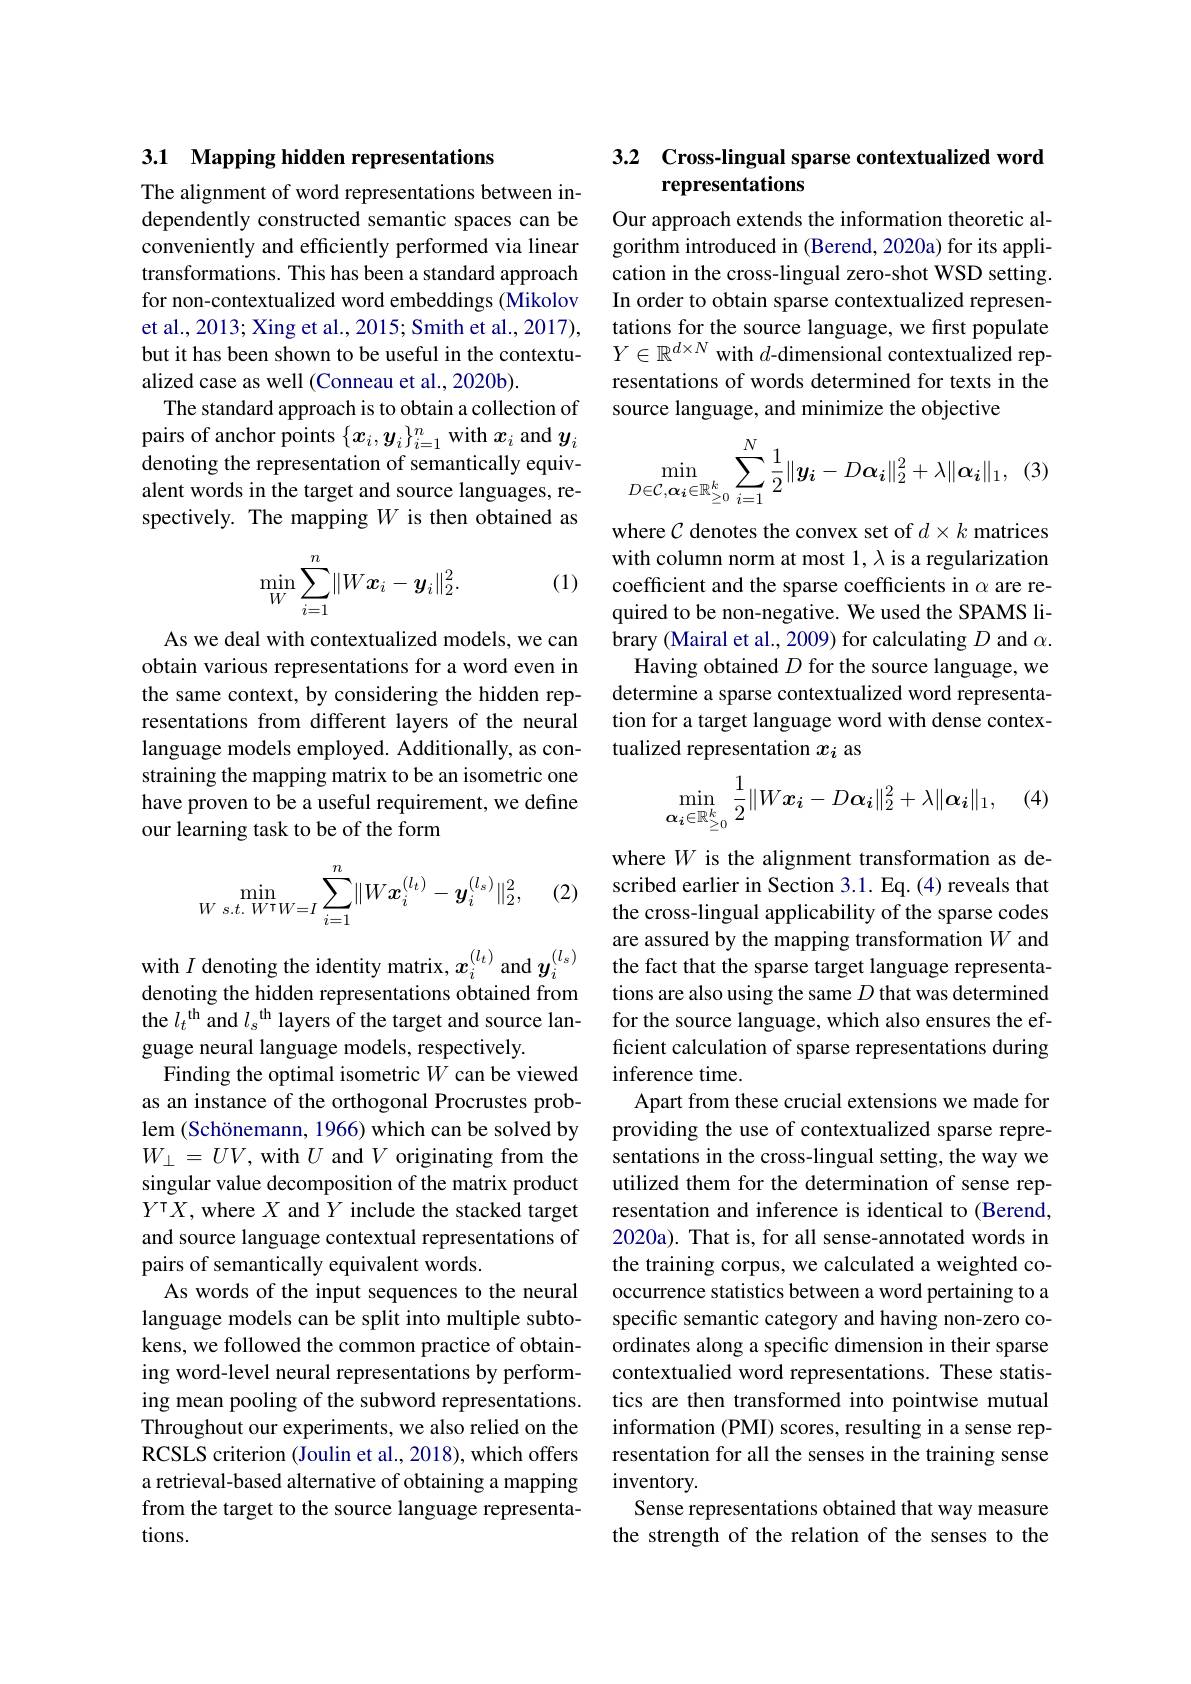
3.1 Mapping hidden representations

The alignment of word representations between independently constructed semantic spaces can be conveniently and efficiently performed via linear transformations. This has been a standard approach for non-contextualized word embeddings (Mikolov et al., 2013; Xing et al., 2015; Smith et al., 2017), but it has been shown to be useful in the contextualized case as well (Conneau et al., 2020b).
The standard approach is to obtain a collection of pairs of anchor points $\{x_i,y_i\}_{i=1}^n$ with $x_i$ and $y_i$ denoting the representation of semantically equivalent words in the target and source languages, respectively. The mapping $W$ is then obtained as

(1)
$$\min_W\sum_{i=1}^n\lVert W\boldsymbol{x}_i-\boldsymbol{y}_i\rVert_2^2.$$
As we deal with contextualized models, we can obtain various representations for a word even in the same context, by considering the hidden representations from different layers of the neural language models employed. Additionally, as constraining the mapping matrix to be an isometric one have proven to be a useful requirement, we define our learning task to be of the form

(2)
$$\min_{W\:s.t.\:W^\intercal W=I}\sum_{i=1}^n\lVert W\boldsymbol{x}_i^{(l_t)}-\boldsymbol{y}_i^{(l_s)}\rVert_2^2,$$
with $I$ denoting the identity matrix, $x_i^{(l_t)}$ and $y_i^{(l_s)}$ the fact that the sparse target language representa-

denoting the hidden representations obtained from
guage neural language models, respectively.
Finding the optimal isometric $W$ can be viewed as an instance of the orthogonal Procrustes problem (Schönemann, 1966) which can be solved by $W_\perp=UV$, with $U$ and $V$ originating from the singular value decomposition of the matrix product $Y^\intercal X$, where $X$ and $Y$ include the stacked target and source language contextual representations of pairs of semantically equivalent words.
As words of the input sequences to the neural language models can be split into multiple subtokens, we followed the common practice of obtaining word-level neural representations by performing mean pooling of the subword representations. Throughout our experiments, we also relied on the RCSLS criterion (Joulin et al., 2018), which offers a retrieval-based alternative of obtaining a mapping from the target to the source language representations.

# 3.2 Cross-lingual sparse contextualized word representations

Our approach extends the information theoretic algorithm introduced in (Berend, 2020a) for its application in the cross-lingual zero-shot WSD setting. In order to obtain sparse contextualized representations for the source language, we first populate $Y\in\mathbb{R}^{d\times N}$ with $d$-dimensional contextualized representations of words determined for texts in the source language, and minimize the objective
$$\min_{D\in\mathcal{C},\boldsymbol{\alpha_i}\in\mathbb{R}_{\geq0}^k}\sum_{i=1}^N\frac{1}{2}\|\boldsymbol{y_i}-D\boldsymbol{\alpha_i}\|_2^2+\lambda\|\boldsymbol{\alpha_i}\|_1,$$
where $\mathcal{C}$ denotes the convex set of $d\times k$ matrices with column norm at most 1, λ is a regularization coefficient and the sparse coefficients in $\alpha$ are required to be non-negative. We used the SPAMS library (Mairal et al., 2009) for calculating $D$ and $\alpha.$ Having obtained $D$ for the source language, we determine a sparse contextualized word representation for a target language word with dense contextualized representation $x_i$ as

$(\cdot$
$$\min_{\boldsymbol{\alpha_i}\in\mathbb{R}_{\geq0}^k}\frac{1}{2}\|W\boldsymbol{x_i}-D\boldsymbol{\alpha_i}\|_2^2+\lambda\|\boldsymbol{\alpha_i}\|_1,$$
where $W$ is the alignment transformation as described earlier in Section 3.1. Eq. (4) reveals that the cross-lingual applicability of the sparse codes are assured by the mapping transformation $W$ and tions are also using the same $D$ that was determined
the $l_t^\mathrm{th}$ and $l_s^\mathrm{th}$ layers of the target and source lan- for the source language, which also ensures the ef-
ficient calculation of sparse representations during
inference time.
Apart from these crucial extensions we made for providing the use of contextualized sparse representations in the cross-lingual setting, the way we utilized them for the determination of sense representation and inference is identical to (Berend, 2020a). That is, for all sense-annotated words in the training corpus, we calculated a weighted cooccurrence statistics between a word pertaining to a specific semantic category and having non-zero coordinates along a specific dimension in their sparse contextualied word representations. These statistics are then transformed into pointwise mutual information (PMI) scores, resulting in a sense representation for all the senses in the training sense inventory.
Sense representations obtained that way measure the strength of the relation of the senses to the